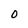
Character: 0